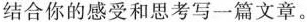
结合你的感受和思考写一篇文章。